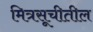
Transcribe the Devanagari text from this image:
मित्रसूचीतील